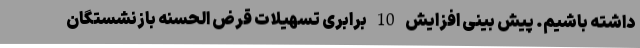
داشته باشیم. پیش بینی افزایش 10 برابری تسهیلات قرض الحسنه بازنشستگان